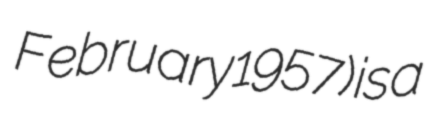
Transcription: February 1957) is a